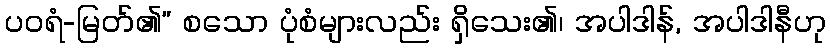
ပဝရံ-မြတ်၏” စသော ပုံစံများလည်း ရှိသေး၏၊ အပါဒါန်, အပါဒါနီဟု